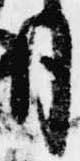
月